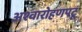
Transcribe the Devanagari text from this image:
अश्वारोहणपटू